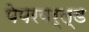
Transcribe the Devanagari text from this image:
पेपरवर्ल्ड